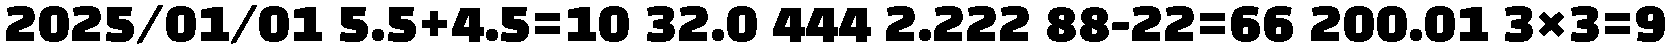
2025/01/01 5.5+4.5=10 32.0 444 2.222 88-22=66 200.01 3×3=9